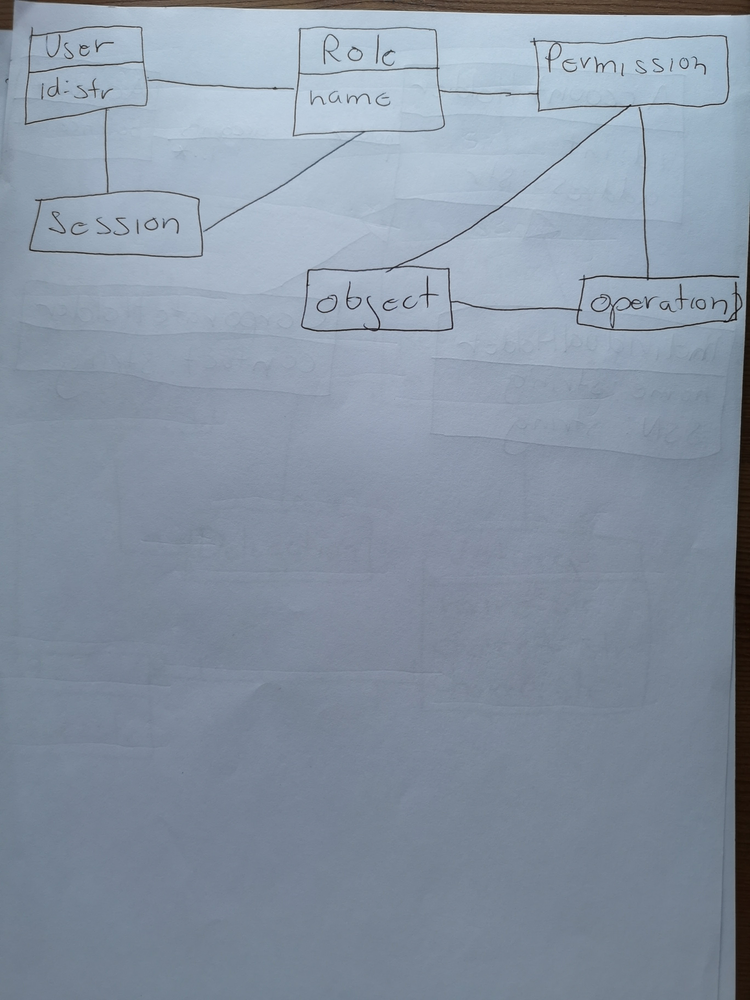
Diagram type: class_diagram
```plantuml
@startuml

class User {
  id: str
}

class Role {
  name
}

class Session

class Permission

class Object

class Operation

User -right- Role

Session -up- User
Session -up- Role

Role -right- Permission

Permission -down- Object
Permission -down- Operation

Object -right- Operation

@enduml
```